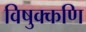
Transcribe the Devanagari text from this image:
विषुक्कणि